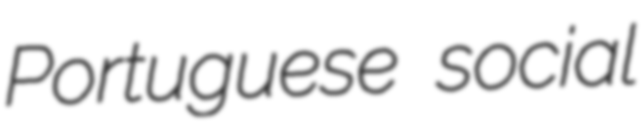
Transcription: Portuguese social